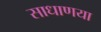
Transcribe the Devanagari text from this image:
साधाणया